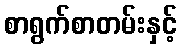
စာရွက်စာတမ်းနှင့်